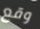
وقع